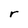
Character: r